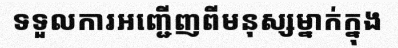
ទទួលការអញ្ជើញពីមនុស្សម្នាក់ក្នុង